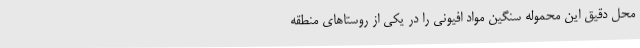
محل دقیق این محموله سنگین مواد افیونی را در یکی از روستاهای منطقه